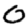
Digit: 0